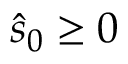
\hat { s } _ { 0 } \ge 0